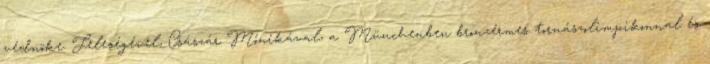
védnöke. Feleségével, Császár Mónikával, a Münchenben bronzérmes tornászolimpikonnal és